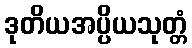
ဒုတိယအပ္ပိယသုတ္တံ